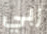
ربي